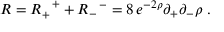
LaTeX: R = R _ { + } ^ { \ \ + } + R _ { - } ^ { \ \ - } = 8 \, e ^ { - 2 \rho } \partial _ { + } \partial _ { - } \rho \; .